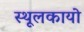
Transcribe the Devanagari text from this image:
स्थूलकायो